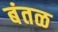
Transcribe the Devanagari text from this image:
बंतळ